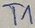
Text: T1